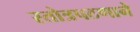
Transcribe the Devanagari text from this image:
स्तोत्रपठणाने